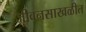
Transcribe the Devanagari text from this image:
जीवनसाखळीत